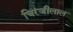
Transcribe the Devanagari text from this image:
चिरंजीलाल